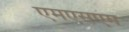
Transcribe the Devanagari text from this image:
एमएसएम